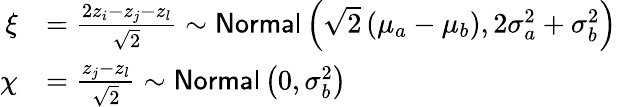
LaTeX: \begin{array}{rl}{\xi}&{=\frac{2z_{i}-z_{j}-z_{l}}{\sqrt 2}\sim\mathsf{Normal}\left(\sqrt 2\left(\mu_{a}-\mu_{b}\right),2\sigma_{a}^{2}+\sigma_{b}^{2}\right)}\\ {\chi}&{=\frac{z_{j}-z_{l}}{\sqrt 2}\sim\mathsf{Normal}\left(0,\sigma_{b}^{2}\right)}\end{array}